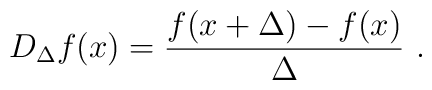
D_{\Delta}f(x)= \frac{f(x+\Delta)- f(x)}{\Delta} \ .